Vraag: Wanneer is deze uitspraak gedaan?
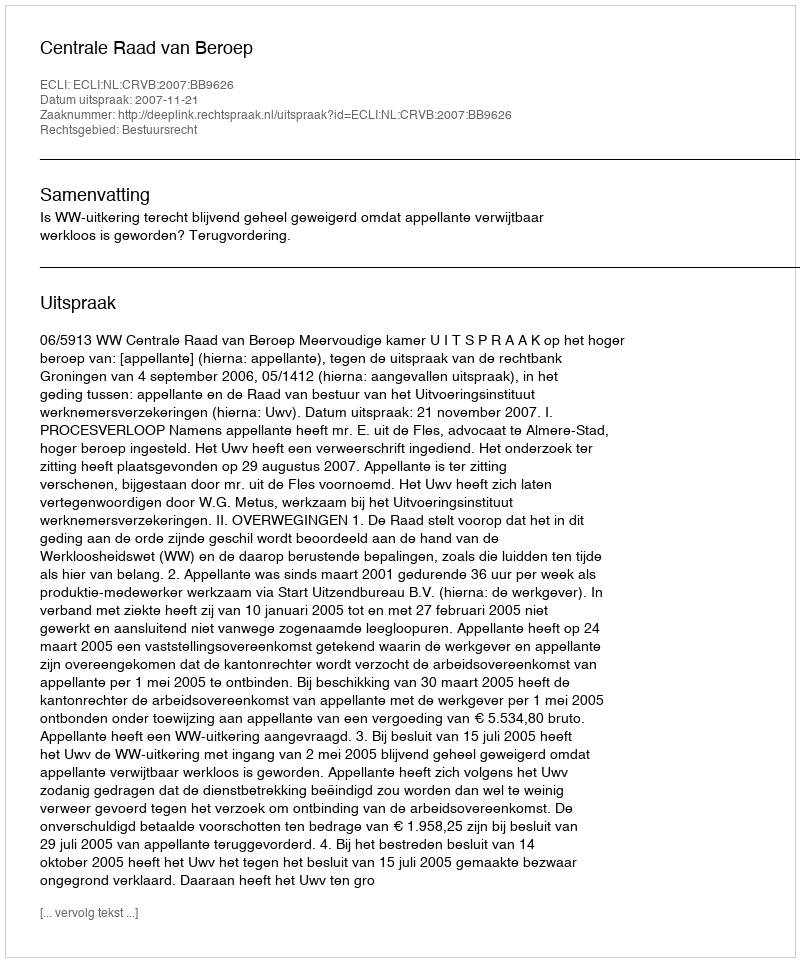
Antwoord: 2007-11-21